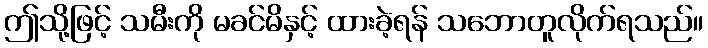
ဤသို့ဖြင့် သမီးကို မခင်မိနှင့် ထားခဲ့ရန် သဘောတူလိုက်ရသည်။